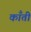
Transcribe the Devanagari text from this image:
कॉँती